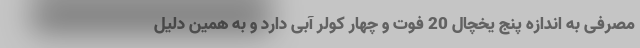
مصرفی به اندازه پنج یخچال 20 فوت و چهار کولر آبی دارد و به همین دلیل